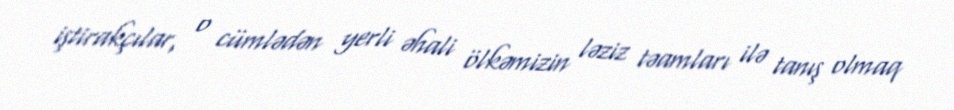
iştirakçılar, o cümlədən yerli əhali ölkəmizin ləziz təamları ilə tanış olmaq